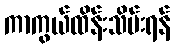
ကာကွယ်ထိန်းသိမ်းရန်